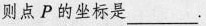
则点P的坐标是___.